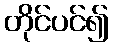
တိုင်ပင်၍